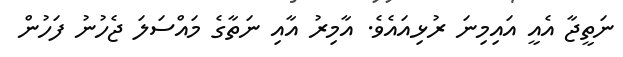
ނަތީޖާ އެއީ އައިމިނަ ރުޅިއައެވެ. އާމިރު އާއި ނަތާގެ މައްސަލަ ޖެހުނު ފަހުން